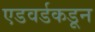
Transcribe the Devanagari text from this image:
एडवर्डकडून